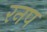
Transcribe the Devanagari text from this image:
रनप